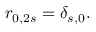
r _ { 0 , 2 s } = \delta _ { s , 0 } .